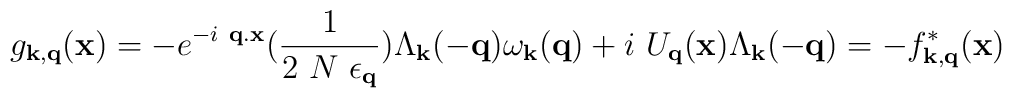
g_{ {\bf{k}}, {\bf{q}} }({\bf{x}}) = -e^{-i\mbox{ }{\bf{q.x}} }(\frac{1}{2\mbox{ }N\mbox{ }\epsilon_{ {\bf{q}} } })\Lambda_{ {\bf{k}} }(-{\bf{q}})\omega_{ {\bf{k}} }({\bf{q}}) + i\mbox{ }U_{ {\bf{q}} }({\bf{x}})\Lambda_{ {\bf{k}} }(-{\bf{q}})= -f^{*}_{ {\bf{k}}, {\bf{q}} }({\bf{x}})